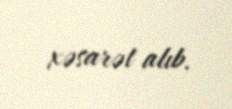
xəsarət alıb.